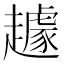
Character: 䟊